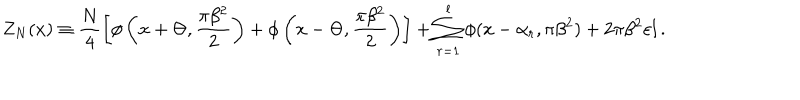
Z _ { N } ( x ) \equiv \frac { N } { 4 } \left[ \phi \left( x + \Theta , \frac { \pi \beta ^ { 2 } } { 2 } \right) + \phi \left( x - \Theta , \frac { \pi \beta ^ { 2 } } { 2 } \right) \right] + \sum _ { r = 1 } ^ { l } \phi ( x - \alpha _ { r } , \pi \beta ^ { 2 } ) + 2 \pi \beta ^ { 2 } \varepsilon l \, .